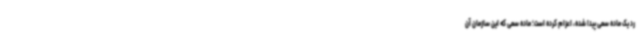
رد یک ماده سمی پیدا شده، اعزام کرده است؛ ماده سمی که این سازمان آن